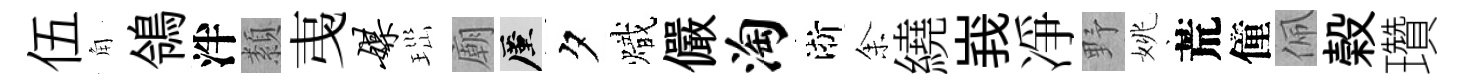
伍角鴒泮纇𢎯媒𤤼廟厪夕熾儼淘淅𪜬繞峩凈野姚荒僮佩榖瓚